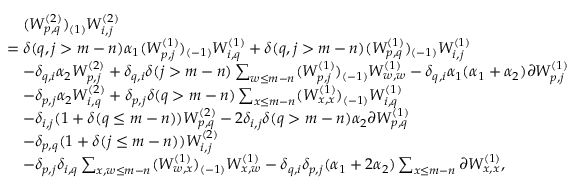
\begin{array} { r l } & { \quad ( W _ { p , q } ^ { ( 2 ) } ) _ { ( 1 ) } W _ { i , j } ^ { ( 2 ) } } \\ & { = \delta ( q , j > m - n ) \alpha _ { 1 } ( W _ { p , j } ^ { ( 1 ) } ) _ { ( - 1 ) } W _ { i , q } ^ { ( 1 ) } + \delta ( q , j > m - n ) ( W _ { p , q } ^ { ( 1 ) } ) _ { ( - 1 ) } W _ { i , j } ^ { ( 1 ) } } \\ & { \quad - \delta _ { q , i } \alpha _ { 2 } W _ { p , j } ^ { ( 2 ) } + \delta _ { q , i } \delta ( j > m - n ) \sum _ { w \leq m - n } ( W _ { p , j } ^ { ( 1 ) } ) _ { ( - 1 ) } W _ { w , w } ^ { ( 1 ) } - \delta _ { q , i } \alpha _ { 1 } ( \alpha _ { 1 } + \alpha _ { 2 } ) \partial W _ { p , j } ^ { ( 1 ) } } \\ & { \quad - \delta _ { p , j } \alpha _ { 2 } W _ { i , q } ^ { ( 2 ) } + \delta _ { p , j } \delta ( q > m - n ) \sum _ { x \leq m - n } ( W _ { x , x } ^ { ( 1 ) } ) _ { ( - 1 ) } W _ { i , q } ^ { ( 1 ) } } \\ & { \quad - \delta _ { i , j } ( 1 + \delta ( q \leq m - n ) ) W _ { p , q } ^ { ( 2 ) } - 2 \delta _ { i , j } \delta ( q > m - n ) \alpha _ { 2 } \partial W _ { p , q } ^ { ( 1 ) } } \\ & { \quad - \delta _ { p , q } ( 1 + \delta ( j \leq m - n ) ) W _ { i , j } ^ { ( 2 ) } } \\ & { \quad - \delta _ { p , j } \delta _ { i , q } \sum _ { x , w \leq m - n } ( W _ { w , x } ^ { ( 1 ) } ) _ { ( - 1 ) } W _ { x , w } ^ { ( 1 ) } - \delta _ { q , i } \delta _ { p , j } ( \alpha _ { 1 } + 2 \alpha _ { 2 } ) \sum _ { x \leq m - n } \partial W _ { x , x } ^ { ( 1 ) } , } \end{array}